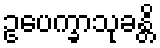
ဥပေက္ခာသုခန္တိ